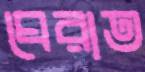
ঘেরাত